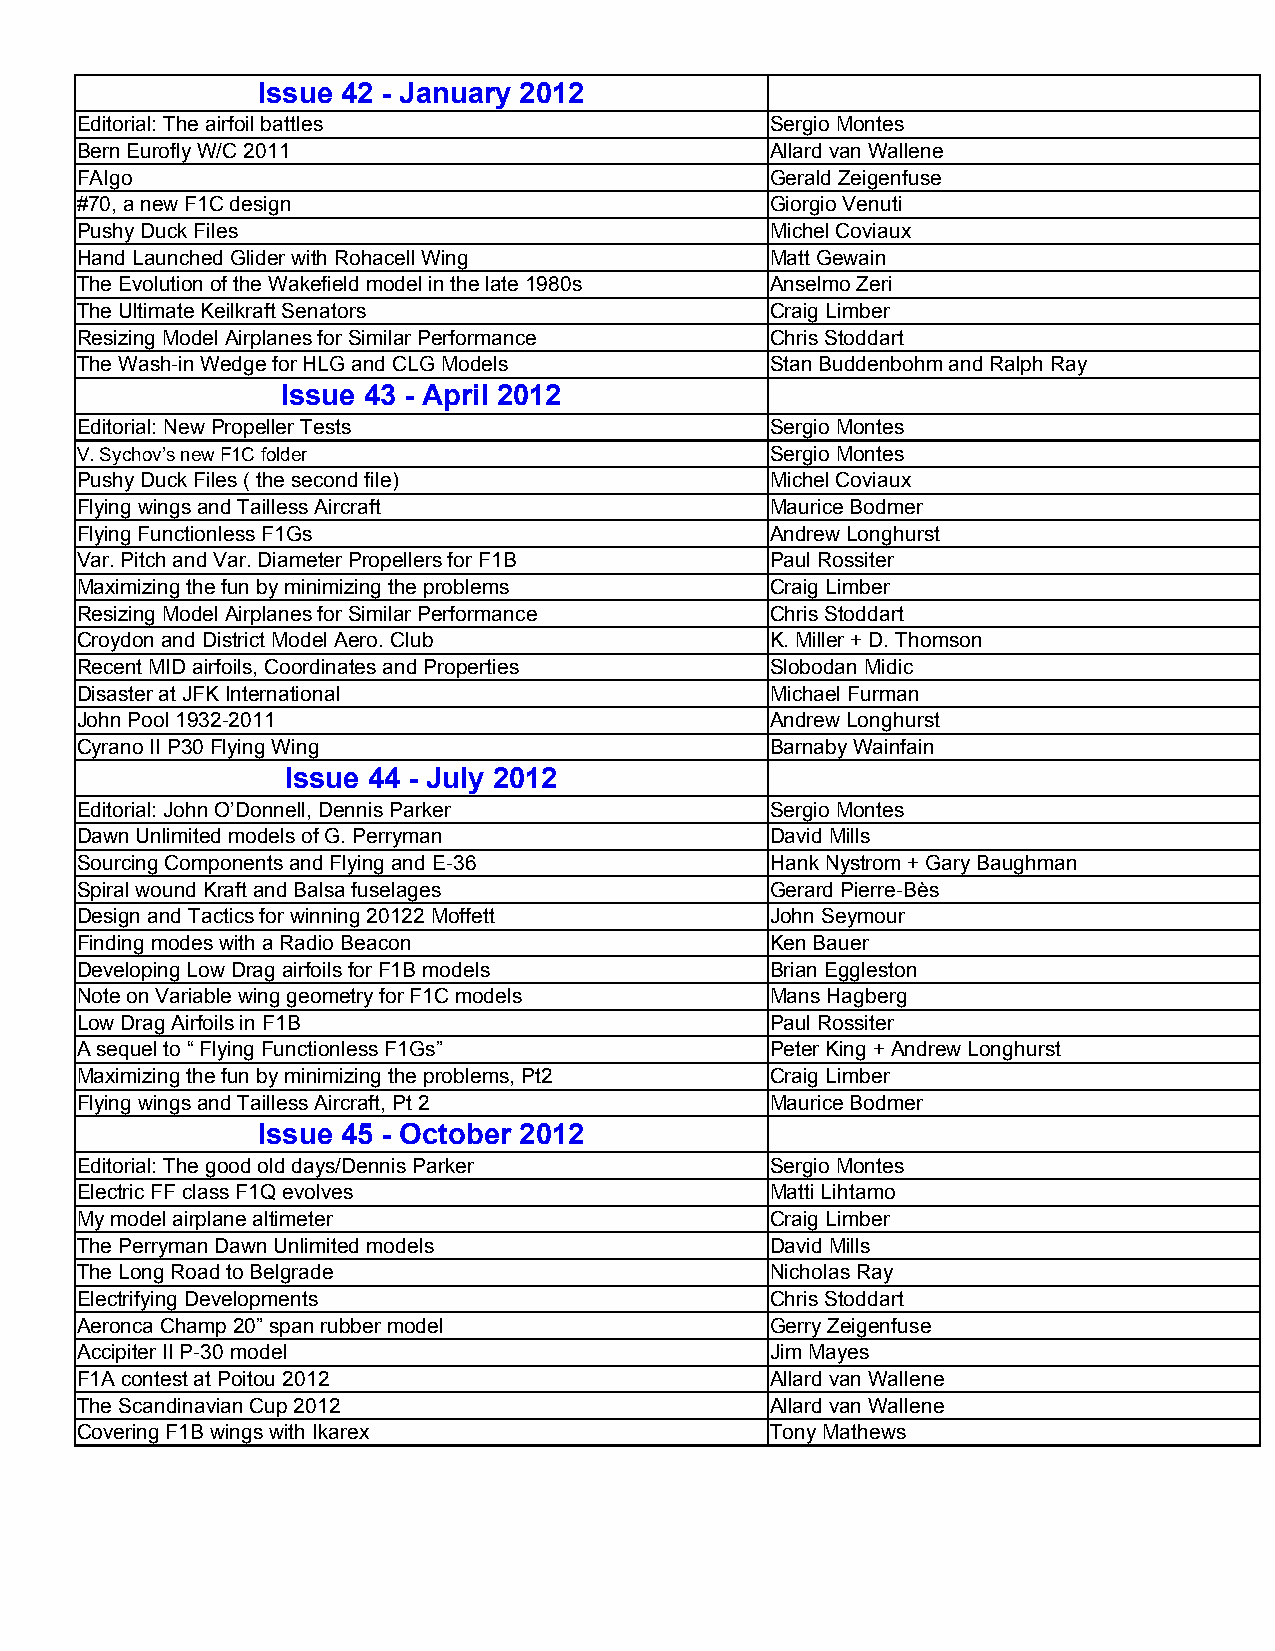
Issue 42 - January 2012
 Editorial: The airfoil battles                Sergio Montes
 Bern Eurofly W/C 2011                         Allard van Wallene
 FAIgo                                         Gerald Zeigenfuse
 #70, a new F1C design                         Giorgio Venuti
 Pushy Duck Files                              Michel Coviaux
 Hand Launched Glider with Rohacell Wing       Matt Gewain
 The Evolution of the Wakefield model in the late 1980s Anselmo Zeri
 The Ultimate Keilkraft Senators               Craig Limber
 Resizing Model Airplanes for Similar Performance Chris Stoddart
 The Wash-in Wedge for HLG and CLG Models      Stan Buddenbohm and Ralph Ray
 Issue 43 - April 2012
 Editorial: New Propeller Tests                Sergio Montes
 V. Sychov’s new F1C folder                    Sergio Montes
 Pushy Duck Files ( the second file)           Michel Coviaux
 Flying wings and Tailless Aircraft            Maurice Bodmer
 Flying Functionless F1Gs                      Andrew Longhurst
 Var. Pitch and Var. Diameter Propellers for F1B Paul Rossiter
 Maximizing the fun by minimizing the problems Craig Limber
 Resizing Model Airplanes for Similar Performance Chris Stoddart
 Croydon and District Model Aero. Club         K. Miller + D. Thomson
 Recent MID airfoils, Coordinates and Properties Slobodan Midic
 Disaster at JFK International                 Michael Furman
 John Pool 1932-2011                           Andrew Longhurst
 Cyrano II P30 Flying Wing                     Barnaby Wainfain
 Issue 44 - July 2012
 Editorial: John O’Donnell, Dennis Parker      Sergio Montes
 Dawn Unlimited models of G. Perryman          David Mills
 Sourcing Components and Flying and E-36       Hank Nystrom + Gary Baughman
 Spiral wound Kraft and Balsa fuselages        Gerard Pierre-Bès
 Design and Tactics for winning 20122 Moffett  John Seymour
 Finding modes with a Radio Beacon             Ken Bauer
 Developing Low Drag airfoils for F1B models   Brian Eggleston
 Note on Variable wing geometry for F1C models Mans Hagberg
 Low Drag Airfoils in F1B                      Paul Rossiter
 A sequel to “ Flying Functionless F1Gs”       Peter King + Andrew Longhurst
 Maximizing the fun by minimizing the problems, Pt2 Craig Limber
 Flying wings and Tailless Aircraft, Pt 2      Maurice Bodmer
 Issue 45 - October 2012
 Editorial: The good old days/Dennis Parker    Sergio Montes
 Electric FF class F1Q evolves                 Matti Lihtamo
 My model airplane altimeter                   Craig Limber
 The Perryman Dawn Unlimited models            David Mills
 The Long Road to Belgrade                     Nicholas Ray
 Electrifying Developments                     Chris Stoddart
 Aeronca Champ 20” span rubber model           Gerry Zeigenfuse
 Accipiter II P-30 model                       Jim Mayes
 F1A contest at Poitou 2012                    Allard van Wallene
 The Scandinavian Cup 2012                     Allard van Wallene
 Covering F1B wings with Ikarex                Tony Mathews